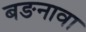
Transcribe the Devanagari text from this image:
बङनावा